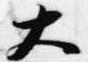
大